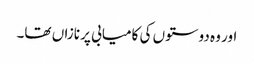
اور وہ دوستوں کی کامیابی پر نازاں تھا۔